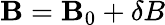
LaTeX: {\mathbf B}={\mathbf B}_{0}+{\mathbf\delta B}